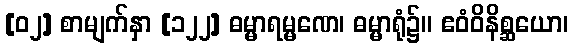
[၀၂] စာမျက်နှာ [၁၂၂] ဓမ္မာရမ္မဏေ၊ ဓမ္မာရုံ၌။ ဧဝံဝိနိစ္ဆယော၊